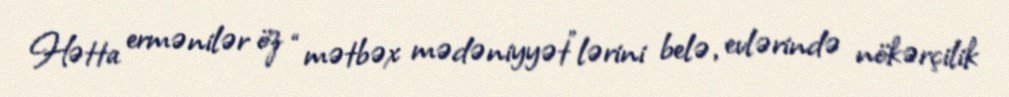
Hətta ermənilər öz “mətbəx mədəniyyət”lərini belə, evlərində nökərçilik